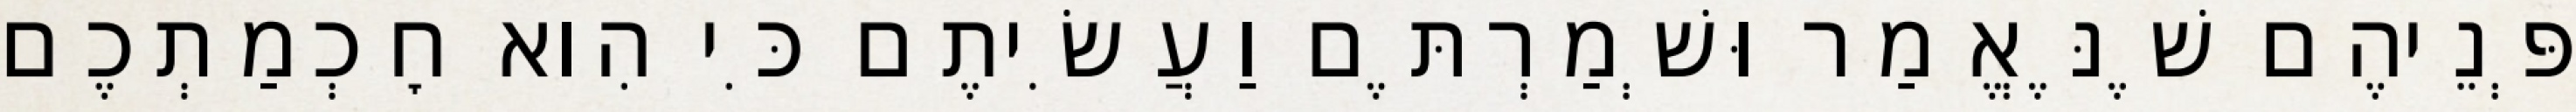
פְּנֵיהֶם שֶׁנֶּאֱמַר וּשְׁמַרְתֶּם וַעֲשִׂיתֶם כִּי הִוא חׇכְמַתְכֶם